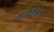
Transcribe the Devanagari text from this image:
कार्यक्षेत्राचा